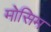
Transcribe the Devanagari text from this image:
मोसिम